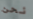
نحن